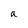
Character: a